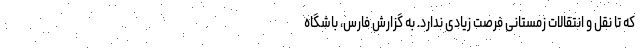
که تا نقل و انتقالات زمستانی فرصت زیادی ندارد. به گزارش فارس، باشگاه